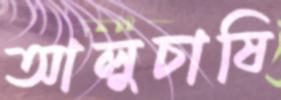
আলুচাষি